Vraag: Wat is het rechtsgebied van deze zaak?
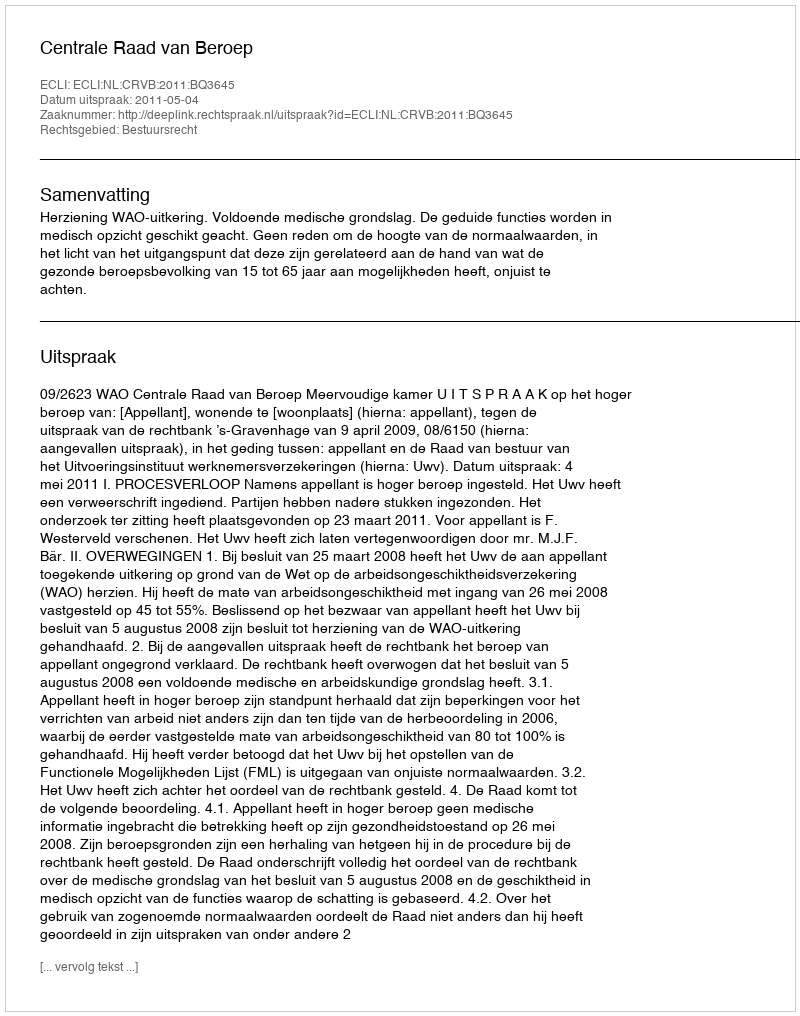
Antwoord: Bestuursrecht